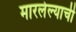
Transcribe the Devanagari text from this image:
मारलेल्याची